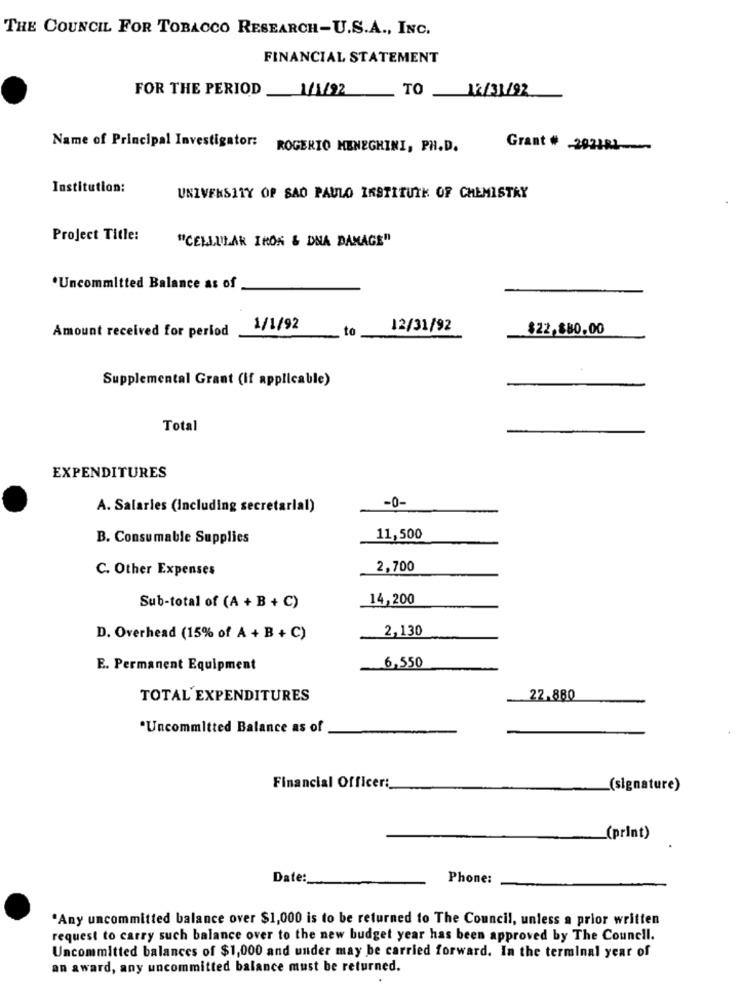
THE COUNCIL FOR TOBACCO RESEARCH-U.S.A ., INC.
FINANCIAL STATEMENT
FOR THE PERIOD
1/1/92
TO 12/31/92
Name of Principal Investigator: ROGERIO MENEGHINI, PH.D.
Grant # 202181
Institution:
UNIVERSITY OF SAO PAULO INSTITUTK OF CHEMISTRY
Project Title:
"CELULAR IRON & DNA DAMAGE"
*Uncommitted Balance as of
Amount received for period
1/1/92
to
12/31/92
$22,880.00
Supplemental Grant (If applicable)
Total
EXPENDITURES
-0-
A. Salaries (Including secretarial)
B. Consumable Supplies
11,500
C. Other Expenses
2,700
14,200
Sub-total of (A + B + C)
2,130
D. Overhead (15% of A + B + C)
6,550
E. Permanent Equipment
TOTAL EXPENDITURES
22.880
"Uncommitted Balance as of
Financial Officer:
(signature)
_(print)
Date:
Phone:
"Any uncommitted balance over $1,000 is to be returned to The Council, unless a prior written
request to carry such balance over to the new budget year has been approved by The Council.
Uncommitted balances of $1,000 and under may be carried forward. In the terminal year of
an award, any uncommitted balance must be returned.